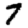
Digit: 7